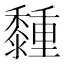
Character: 𪐈